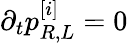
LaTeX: \partial_{t}p_{R,L}^{[i]}=0